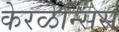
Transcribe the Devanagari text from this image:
केरळेन्सिस